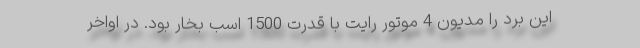
این برد را مدیون 4 موتور رایت با قدرت 1500 اسب بخار بود. در اواخر